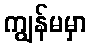
ကျွန်မမှာ